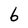
Character: 6